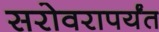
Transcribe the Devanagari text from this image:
सरोवरापर्यंत